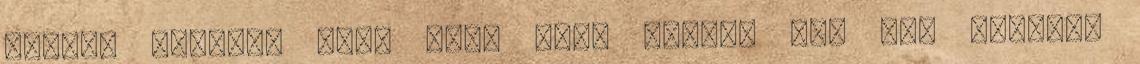
mentem vissza. Ezek után jött Crecy, ami nem második